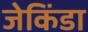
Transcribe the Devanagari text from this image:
जेकिंडा